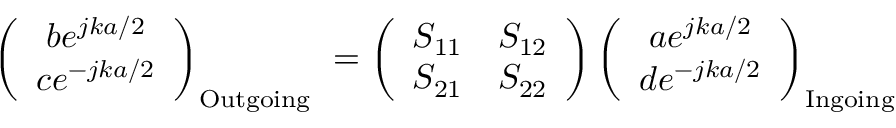
\left( \begin{array} { c } { b e ^ { j k a / 2 } } \\ { c e ^ { - j k a / 2 } } \end{array} \right) _ { \mathrm { O u t g o i n g ~ } } = \left( \begin{array} { c c } { S _ { 1 1 } } & { S _ { 1 2 } } \\ { S _ { 2 1 } } & { S _ { 2 2 } } \end{array} \right) \left( \begin{array} { c } { a e ^ { j k a / 2 } } \\ { d e ^ { - j k a / 2 } } \end{array} \right) _ { \mathrm { I n g o i n g } }